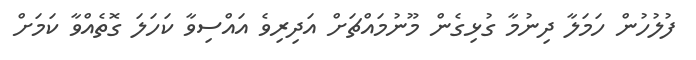
ފުލުހުން ހަމަލާ ދިނުމާ ގުޅިގެން މޫނުމައްޗަށް އަދިރިވެ އައްސިވާ ކަހަލަ ގޮތެއްވާ ކަމަށް